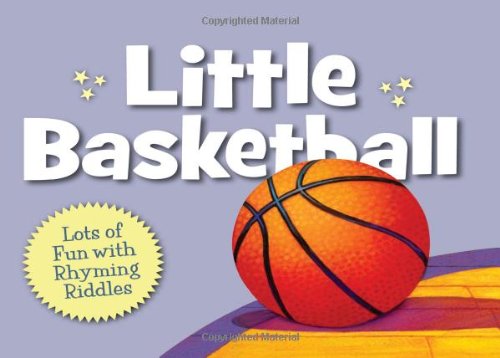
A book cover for Little Basketball (Little Sports); Brad Herzog; Children's Books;